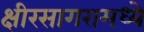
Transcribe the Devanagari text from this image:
क्षीरसागरामध्ये